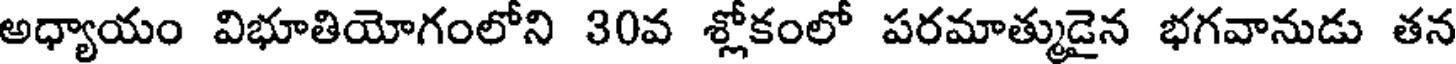
అధ్యాయం విభూతియోగంలోని 30వ శ్లోకంలో పరమాత్ముడైన భగవానుడు తన